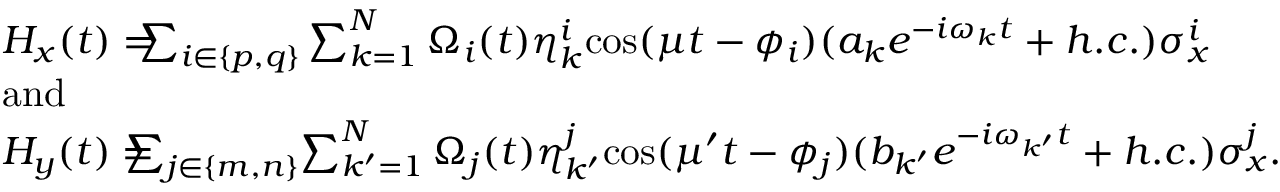
\begin{array} { r l } & { H _ { x } ( t ) = \! \! \! \! \sum _ { i \in \{ p , q \} } \sum _ { k = 1 } ^ { N } \Omega _ { i } ( t ) \eta _ { k } ^ { i } \mathrm { c o s } ( \mu t - \phi _ { i } ) ( a _ { k } e ^ { - i \omega _ { k } t } + h . c . ) \sigma _ { x } ^ { i } } \\ & { \mathrm { a n d } } \\ & { H _ { y } ( t ) = \! \! \! \! \! \! \sum _ { j \in \{ m , n \} } \! \sum _ { k ^ { \prime } = 1 } ^ { N } \Omega _ { j } ( t ) \eta _ { k ^ { \prime } } ^ { j } \mathrm { c o s } ( \mu ^ { \prime } t - \phi _ { j } ) ( b _ { k ^ { \prime } } e ^ { - i \omega _ { k ^ { \prime } } t } + h . c . ) \sigma _ { x } ^ { j } . } \end{array}